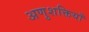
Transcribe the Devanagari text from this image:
अणुशक्तियाँ